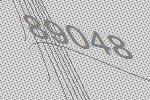
89048